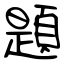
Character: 題